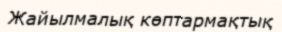
Жайылмалық көптармақтық